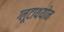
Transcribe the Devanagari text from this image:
ग्लूटाथयोन